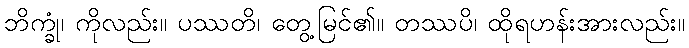
ဘိက္ခုံ၊ ကိုလည်း။ ပဿတိ၊ တွေ့မြင်၏။ တဿပိ၊ ထိုရဟန်းအားလည်း။